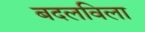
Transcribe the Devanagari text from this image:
बदलविला